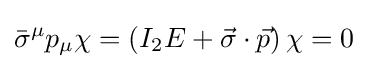
{\bar {\sigma }}^{\mu }p_{\mu }\chi =\left(I_{2}E+{\vec {\sigma }}\cdot {\vec {p}}\right)\chi =0